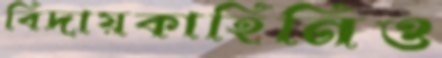
বিদায়কাহিনিও